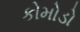
કોમોડો